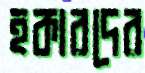
হকারদের